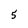
Character: 5